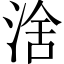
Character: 涻